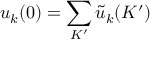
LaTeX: u _ { k } ( 0 ) = \sum _ { K ^ { \prime } } { \tilde { u } } _ { k } ( K ^ { \prime } )